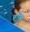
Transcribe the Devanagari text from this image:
हुयेे